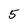
Character: 5